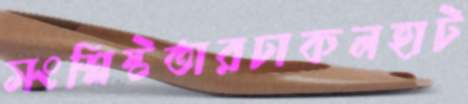
সংশ্লিষ্টতারঢাকলহাট